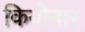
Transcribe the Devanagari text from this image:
कियोनार